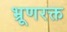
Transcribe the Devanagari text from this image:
भ्रूणरक्त